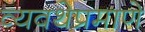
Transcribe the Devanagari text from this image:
व्यवथेप्रमाणे